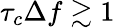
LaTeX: \tau_{c}\Delta f\gtrsim 1